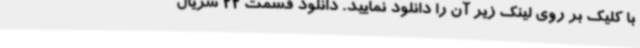
با کلیک بر روی لینک زیر آن را دانلود نمایید. دانلود قسمت 22 سریال